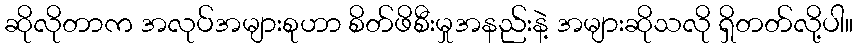
ဆိုလိုတာက အလုပ်အများစုဟာ စိတ်ဖိစီးမှုအနည်းနဲ့ အများဆိုသလို ရှိတတ်လို့ပါ။